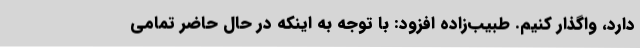
دارد، واگذار کنیم. طبیب‌زاده افزود: با توجه به اینکه در حال حاضر تمامی